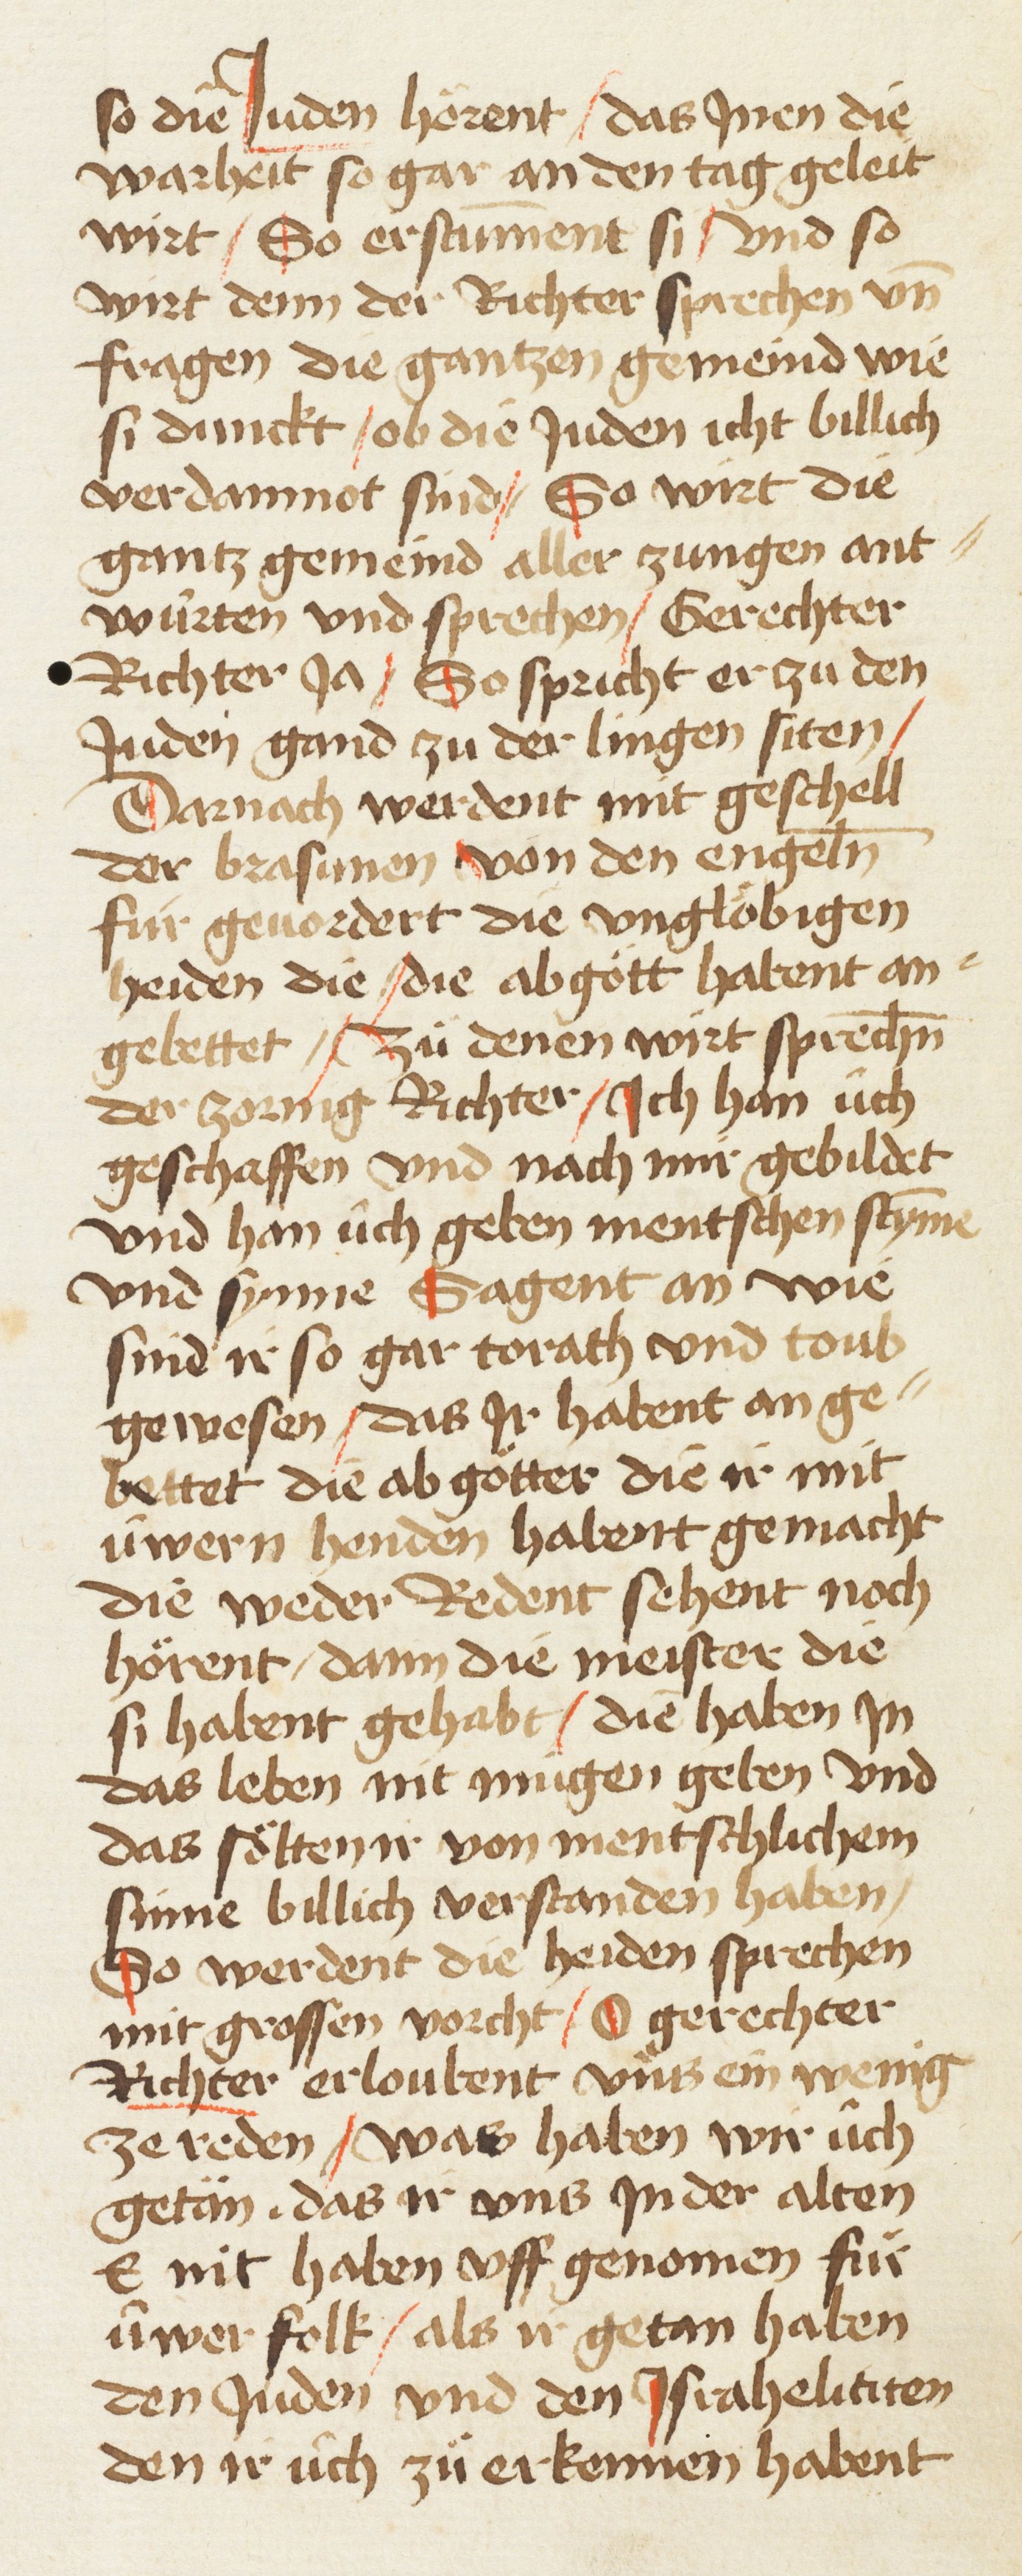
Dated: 1461–1461